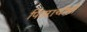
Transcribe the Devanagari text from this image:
पितरांचीही